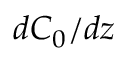
d C _ { 0 } / d z